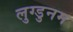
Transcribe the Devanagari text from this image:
लुग्डुनम